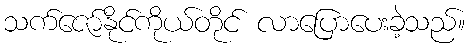
သက်ဇော်နိုင်ကိုယ်တိုင် လာပြောပေးခဲ့သည်။